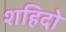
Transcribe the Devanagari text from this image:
शहिदो